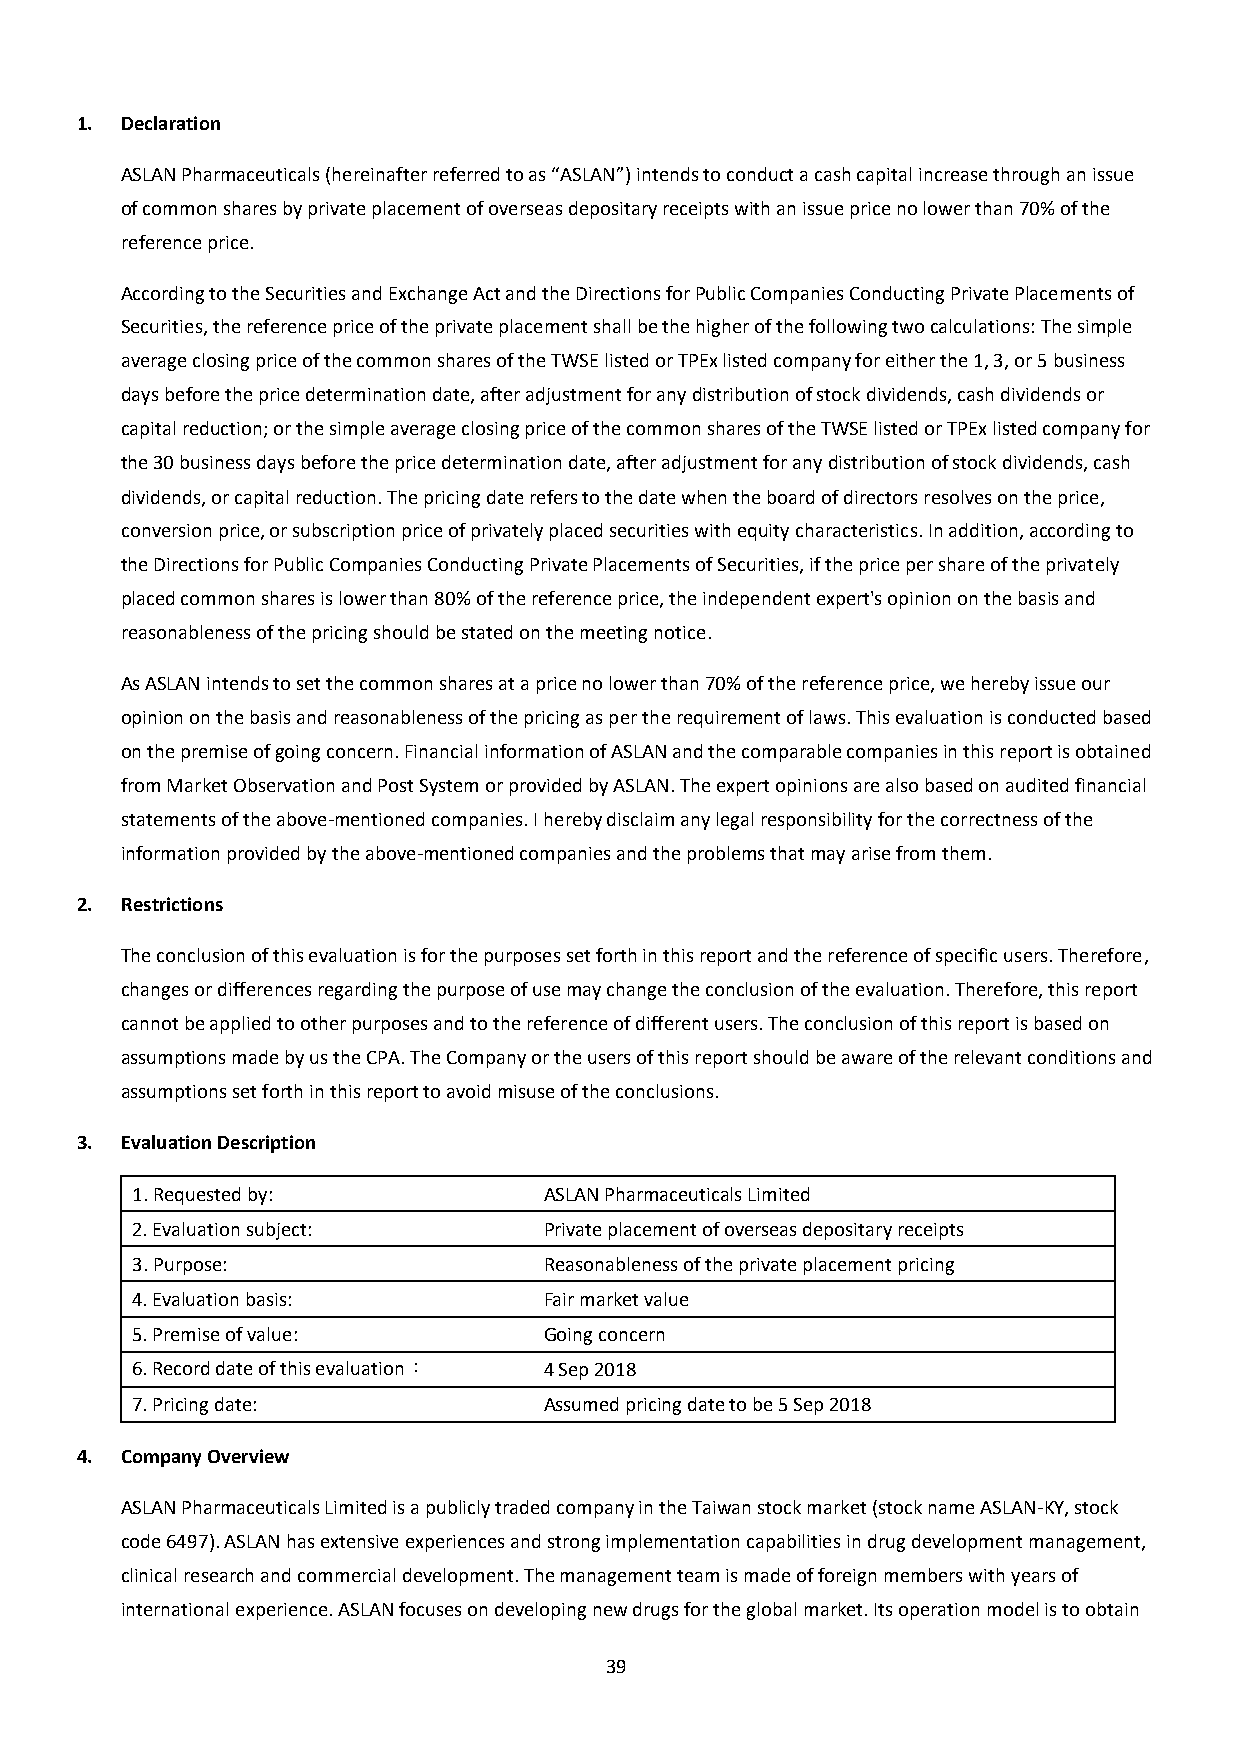
1. Declaration
 ASLAN Pharmaceuticals (hereinafter referred to as “ASLAN”) intends to conduct a cash capital increase through an issue
 of common shares by private placement of overseas depositary receipts with an issue price no lower than 70% of the
 reference price.
 According to the Securities and Exchange Act and the Directions for Public Companies Conducting Private Placements of
 Securities, the reference price of the private placement shall be the higher of the following two calculations: The simple
 average closing price of the common shares of the TWSE listed or TPEx listed company for either the 1, 3, or 5 business
 days before the price determination date, after adjustment for any distribution of stock dividends, cash dividends or
 capital reduction; or the simple average closing price of the common shares of the TWSE listed or TPEx listed company for
 the 30 business days before the price determination date, after adjustment for any distribution of stock dividends, cash
 dividends, or capital reduction. The pricing date refers to the date when the board of directors resolves on the price,
 conversion price, or subscription price of privately placed securities with equity characteristics. In addition, according to
 the Directions for Public Companies Conducting Private Placements of Securities, if the price per share of the privately
 placed common shares is lower than 80% of the reference price, the independent expert's opinion on the basis and
 reasonableness of the pricing should be stated on the meeting notice.
 As ASLAN intends to set the common shares at a price no lower than 70% of the reference price, we hereby issue our
 opinion on the basis and reasonableness of the pricing as per the requirement of laws. This evaluation is conducted based
 on the premise of going concern. Financial information of ASLAN and the comparable companies in this report is obtained
 from Market Observation and Post System or provided by ASLAN. The expert opinions are also based on audited financial
 statements of the above-mentioned companies. I hereby disclaim any legal responsibility for the correctness of the
 information provided by the above-mentioned companies and the problems that may arise from them.
 2. Restrictions
 The conclusion of this evaluation is for the purposes set forth in this report and the reference of specific users. Therefore,
 changes or differences regarding the purpose of use may change the conclusion of the evaluation. Therefore, this report
 cannot be applied to other purposes and to the reference of different users. The conclusion of this report is based on
 assumptions made by us the CPA. The Company or the users of this report should be aware of the relevant conditions and
 assumptions set forth in this report to avoid misuse of the conclusions.
 3. Evaluation Description
 1. Requested by:           ASLAN Pharmaceuticals Limited
 2. Evaluation subject:     Private placement of overseas depositary receipts
 3. Purpose:                Reasonableness of the private placement pricing
 4. Evaluation basis:       Fair market value
 5. Premise of value:       Going concern
 6. Record date of this evaluation： 4 Sep 2018
 7. Pricing date:           Assumed pricing date to be 5 Sep 2018
 4. Company Overview
 ASLAN Pharmaceuticals Limited is a publicly traded company in the Taiwan stock market (stock name ASLAN-KY, stock
 code 6497). ASLAN has extensive experiences and strong implementation capabilities in drug development management,
 clinical research and commercial development. The management team is made of foreign members with years of
 international experience. ASLAN focuses on developing new drugs for the global market. Its operation model is to obtain
 39